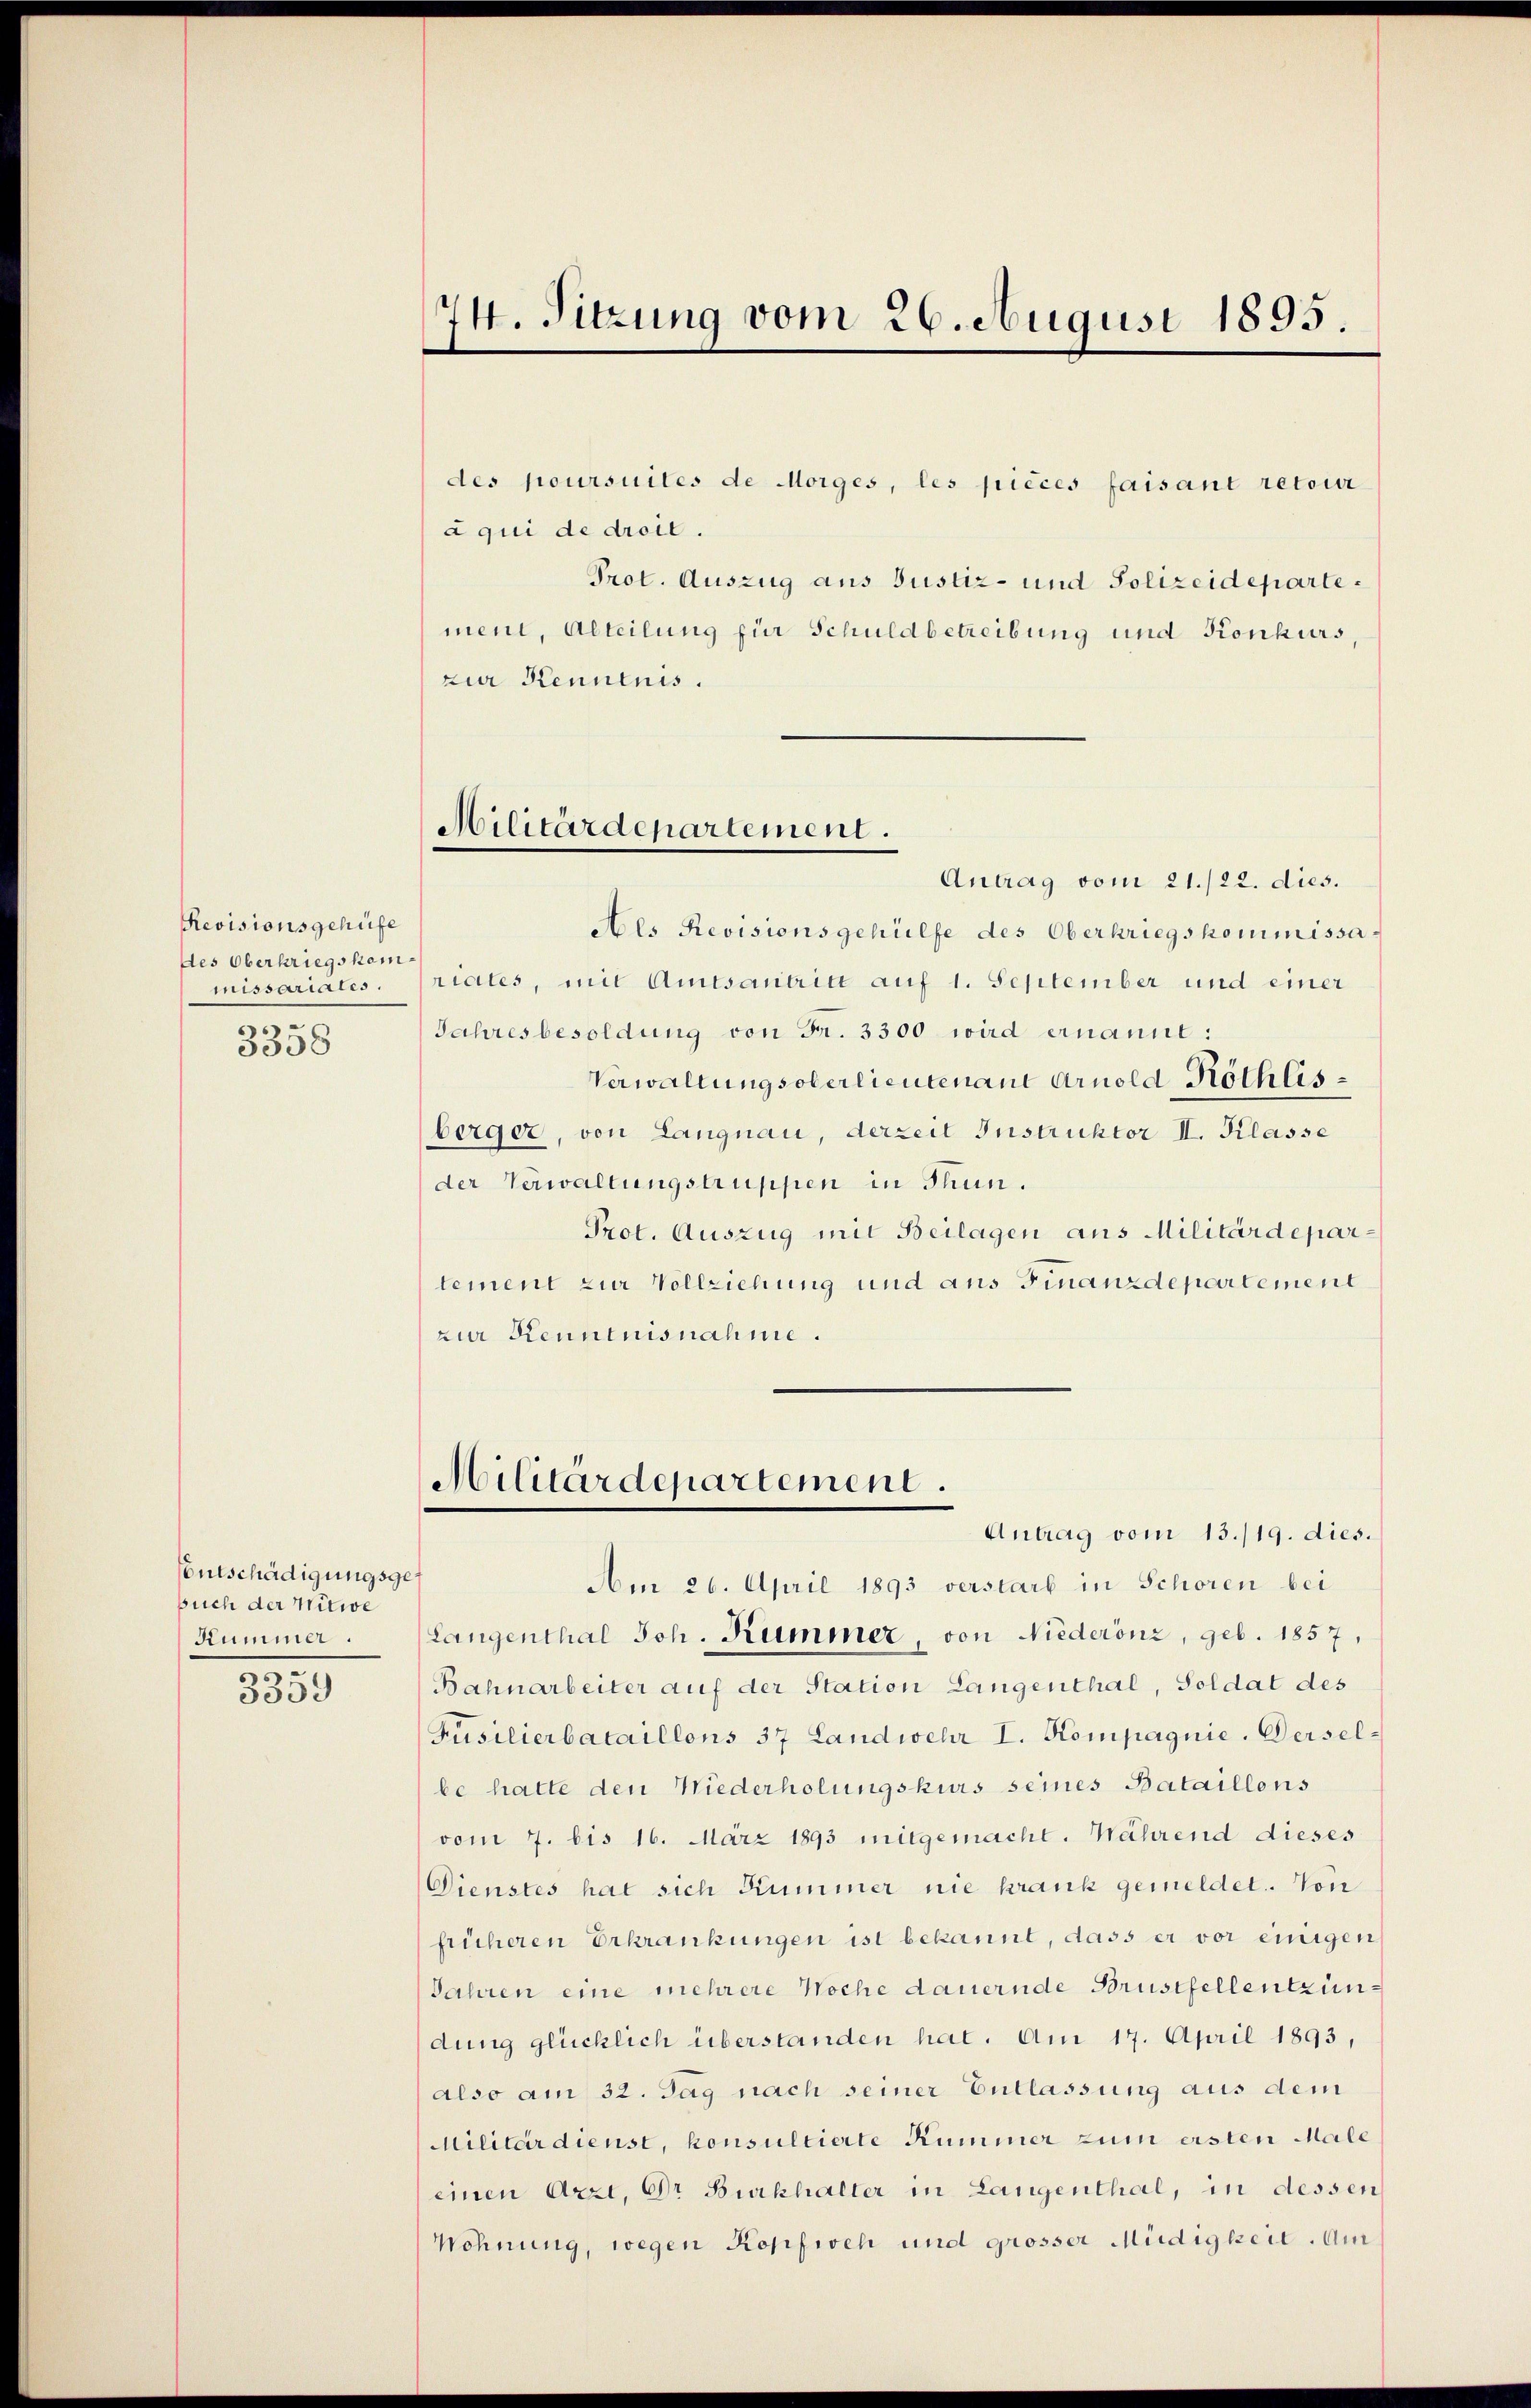
Revisionsgehüfe
des Oberkriegskommissariates.
3358

Entschädigungsgesuch der Witwe
Kummer.
.

3359

des poursuites de Morges, les pièces faisant retour
aqui de droll.
Prot. Auszug aus Justiz- und Polizeidepartement, Abteilung für Schuldbetreibung und Konkurs,
zur Kennenis.
Antrag vom 21./22. dies.
Aes Revisionsgehülfe des Oberkriegskommissariales, mit Amtsantritt auf 1. September und einer
Jahresbesoldung von Fr. 3300 wird ernannt:
Verwaltungsoberlieutenaue Arnold Röthlisberger, von Langnau, derzeit Instruktor II. Klasse
der Verwaltungstruppen in Thun.
Prot. Auszug mit Beilagen aus Militärdepartement zur Vollziehung und aus Finanzdepartement
zur Kenntnisnahme.

74. Sitzung vom 26. August 1895.

Militärdepartement.

Militärdepartement.
Antrag vom 13./19. dies.

Aur 26. April 1893 verstarb in Schoren bei
Langenthal Joh. Kummer, von Niederönz, geb. 1857,
Bahnarbeiter auf der Station Langenthal, Soldat des
Füsilierbataillons 37 Landwehr I. Kompagnie. Derselbe hatte den Niederholungskurs seines Bataillons
vom 7. bis 16. März 1893 mitgemacht. Während dieses
Dienstes hat sich Kummer nie krank gemeldet. Von
früheren Erkrankungen ist bekannt, dass er vor einigen
Jahren eine mehrere Woche dauernde Brustfellentzündung glücklich überstanden hat. Am 17. April 1893,
also am 32. Tag nach seiner Entlassung aus dem
Militärdienst, konsultierte Kummer zum ersten Male
einen Arzt, Dr. Burkhalter in Langenthal, in dessen
Wohnung, wegen Kopfweh und grosser Müdigkeit. Am